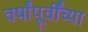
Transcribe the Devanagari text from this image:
वर्षांपूर्वींच्या